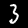
Digit: 3